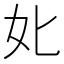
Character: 𡚧